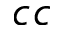
c c